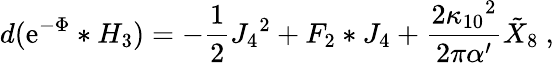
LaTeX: d(\mathrm{e}^{-\Phi}*H_{3})=-{\frac{{1}}{{2}}}J_{4}{}^{2}+F_{2}*J_{4}+{\frac{{2\kappa_{10}{}^{2}}}{{2\pi\alpha^{\prime}}}}{\tilde{{X}}}_{8}\ ,